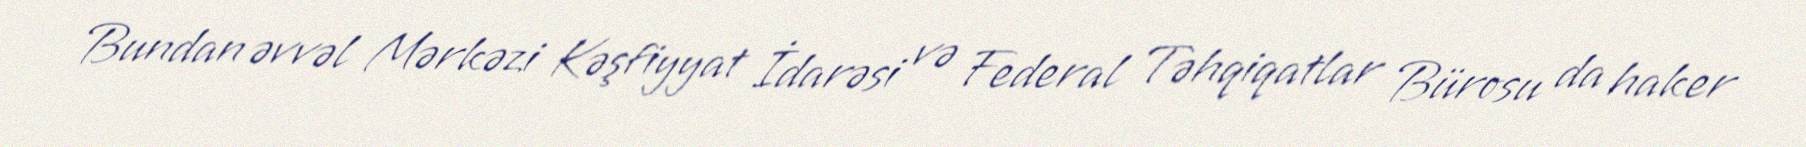
Bundan əvvəl Mərkəzi Kəşfiyyat İdarəsi və Federal Təhqiqatlar Bürosu da haker